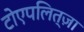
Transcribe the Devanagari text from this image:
टोएपलित्ज़ा